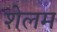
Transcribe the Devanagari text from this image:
शेलम